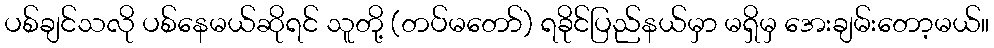
ပစ်ချင်သလို ပစ်နေမယ်ဆိုရင် သူတို့ (တပ်မတော်) ရခိုင်ပြည်နယ်မှာ မရှိမှ အေးချမ်းတော့မယ်။